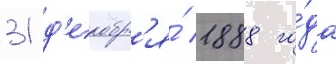
31 д'екабр'я́ 1888 го́да